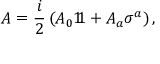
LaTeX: A = { \frac { i } { 2 } } \left( A _ { 0 } 1 \! \! 1 + A _ { a } \sigma ^ { a } \right) ,